Civil Veterinary Dept. Bombay admin report 1900-1906 - 1900-1906
Year: 1900
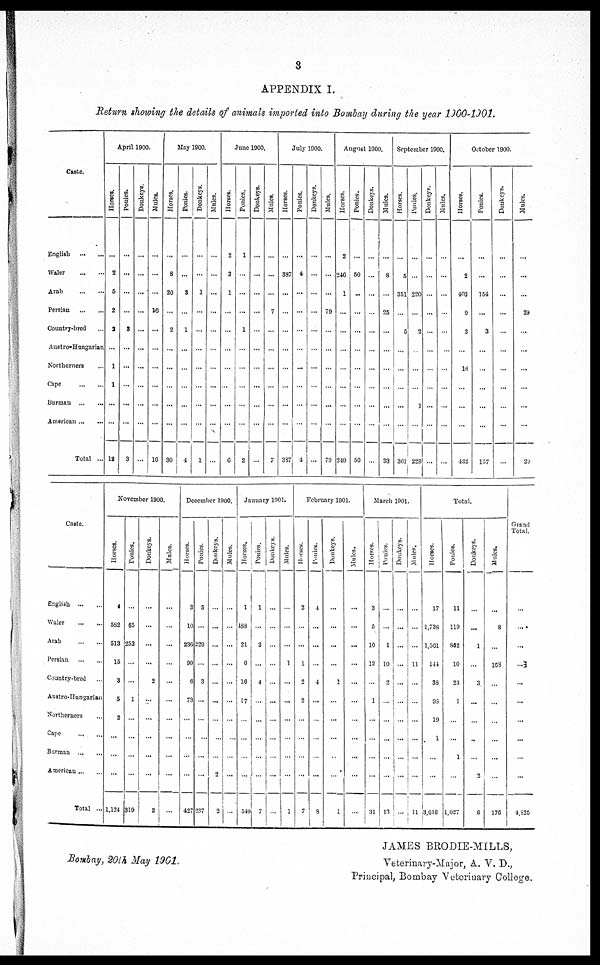
3
APPENDIX I.
Return showing the details of animals imported into Bombay during the year 1900-1901.
Caste.
English
...
...
Waler
...
...
Arab
...
...
Persian
...
...
Country-bred ...
Austro-Hungarian
Northerners ...
Cape
...
...
Burman
...
...
American ... ...
Total ...
April 1900.
Horses.
...
2
5
2
3
...
1
1
...
...
18
Ponies.
...
...
...
...
3
...
...
...
...
...
3
Donkeys.
...
...
...
...
...
...
...
...
...
...
...
Mules.
...
...
...
16
...
...
...
...
...
...
16
May 1900.
Horses.
...
8
20
...
2
...
...
...
...
...
30
Ponies.
...
...
3
...
1
...
...
...
...
...
4
Donkeys.
...
...
1
...
...
...
...
...
...
...
1
Mules.
...
...
...
...
...
...
...
...
...
...
...
June 1900.
Horses.
2
3
1
...
...
...
...
...
...
...
6
Ponies.
1
...
...
...
1
...
...
...
...
...
2
Donkeys.
...
...
...
...
...
...
...
...
...
...
...
Mules.
...
...
...
7
...
...
...
...
...
...
7
July 1900.
Horses.
...
387
...
...
...
...
...
...
...
...
387
Ponies.
...
4
...
...
...
...
...
...
...
...
4
Donkeys.
...
...
...
...
...
...
...
...
...
...
...
Mules.
...
...
...
79
...
...
...
...
...
...
79
August 1900.
Horses.
2
246
1
...
...
...
...
...
...
...
249
Ponies.
...
50
...
...
...
...
...
...
...
...
50
Donkeys.
...
...
...
...
...
...
...
...
...
...
...
Mules.
...
8
...
25
...
...
...
...
...
...
33
September 1900.
Horses.
...
5
351
...
5
...
...
...
...
...
361
Ponies.
...
...
220
...
2
...
...
...
1
...
223
Donkeys.
...
...
...
...
...
...
...
...
...
...
...
Mules.
...
...
...
...
...
...
...
...
...
...
...
October 1900.
Horses.
...
2
403
9
2
...
16
...
...
...
432
Ponies.
...
...
154
...
3
...
...
...
...
...
157
Donkeys.
...
...
...
...
...
...
...
...
...
...
...
Mules.
...
...
...
29
...
...
...
...
...
...
29
Caste.
English
...
...
Waler
...
...
Arab
...
...
Persian
...
...
Country-bred ...
Austro-Hungarian
Northerners ...
Cape
...
...
Burman
...
...
American ... ...
Total ...
November 1900.
Horses.
582
513
15
3
5
2
...
...
...
1,124
Ponies.
...
65
253
...
...
1
...
...
...
...
319
Donkeys.
...
...
...
...
2
...
...
...
...
...
2
Mules.
...
...
...
...
...
...
...
...
...
...
...
December 1900.
Horses.
3
10
236
99
6
73
...
...
...
...
427
Ponies.
5
...
229
...
3
...
...
...
...
...
237
Donkeys.
...
...
...
...
...
...
...
...
...
2
2
Mules.
...
...
...
...
...
...
...
...
...
...
...
January 1901.
Horses.
1
188
21
6
16
17
...
...
...
...
549
Ponies.
1
...
2
...
4
...
...
...
...
...
7
Donkeys.
...
...
...
...
...
...
...
...
...
...
...
Mules.
...
...
1
...
...
...
...
...
1
February 1901.
Horses.
2
...
...
1
2
2
...
...
...
...
7
Ponies.
4
...
...
...
4
...
...
...
...
...
8
Donkeys.
...
...
...
...
1
...
...
...
...
...
1
Mules.
...
...
...
...
...
...
...
...
...
...
...
March 1901.
Horses.
3
5
10
12
...
1
...
...
...
...
31
Ponies.
...
...
1
10
2
...
...
...
...
...
13
Donkeys.
...
...
...
...
...
...
...
...
...
...
...
Mules.
...
11
...
...
...
...
...
...
Total.
Horses.
17
1,738
1,561
144
38
98
19
1
...
...
3,616
Ponies.
11
119
862
10
23
1
...
...
1
...
1,027
Donkeys.
...
...
1
...
3
...
...
...
...
2
6
Mules.
...
8
...
168
...
...
...
...
...
...
176
Grand
Total.
...
...
...
...3
...
...
...
...
...
...
4,825
Bombay, 20th May 1901.
JAMES BRODIE-MILLS,
Veterinary-Major, A. V. D.,
Principal, Bombay Veterinary College.